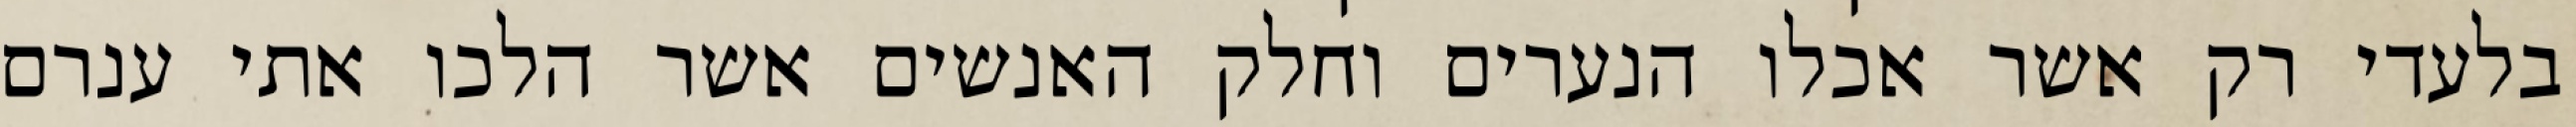
בלעדי רק אשר אכלו הנערים וחלק האנשים אשר הלכו אתי ענרם